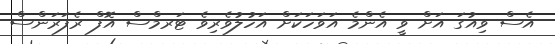
އެސް ވިއުގަ އަށް ވީ އެންމެ އަވަހަކަށް އަހުލުވެރިވެ ޓަރމްސް އޮފް ރެފަރަންސް